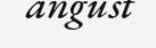
angust